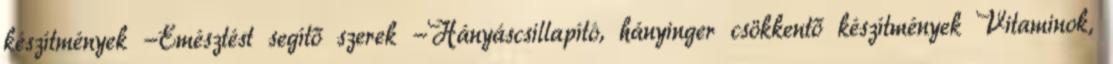
készítmények -Emésztést segítő szerek -Hányáscsillapító, hányinger csökkentő készítmények Vitaminok,